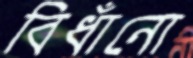
বিধাঁনো